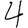
Digit: 4